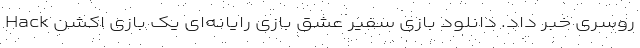
روسری خبر داد. دانلود بازی سفیر عشق بازی رایانه‌ای یک بازی اکشن Hack